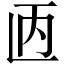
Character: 𫠥